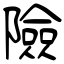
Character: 險